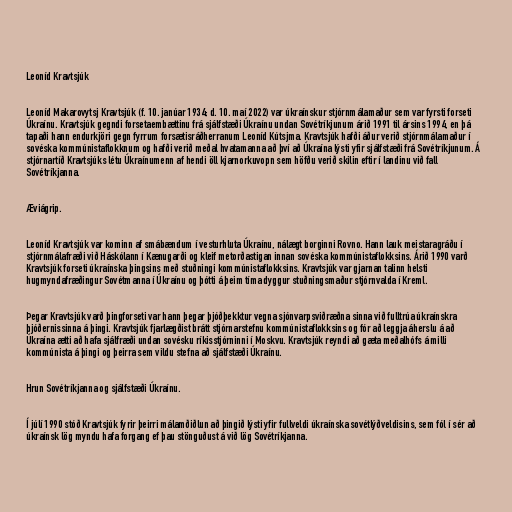
Leoníd Kravtsjúk

Leoníd Makarovytsj Kravtsjúk (f. 10. janúar 1934; d. 10. maí 2022) var úkraínskur stjórnmálamaður sem var fyrsti forseti
Úkraínu. Kravtsjúk gegndi forsetaembættinu frá sjálfstæði Úkraínu undan Sovétríkjunum árið 1991 til ársins 1994, en þá
tapaði hann endurkjöri gegn fyrrum forsætisráðherranum Leoníd Kútsjma. Kravtsjúk hafði áður verið stjórnmálamaður í
sovéska kommúnistaflokknum og hafði verið meðal hvatamanna að því að Úkraína lýsti yfir sjálfstæði frá Sovétríkjunum. Á
stjórnartíð Kravtsjúks létu Úkraínumenn af hendi öll kjarnorkuvopn sem höfðu verið skilin eftir í landinu við fall
Sovétríkjanna.

Æviágrip.

Leoníd Kravtsjúk var kominn af smábændum í vesturhluta Úkraínu, nálægt borginni Rovno. Hann lauk meistaragráðu í
stjórnmálafræði við Háskólann í Kænugarði og kleif metorðastigan innan sovéska kommúnistaflokksins. Árið 1990 varð
Kravtsjúk forseti úkraínska þingsins með stuðningi kommúnistaflokksins. Kravtsjúk var gjarnan talinn helsti
hugmyndafræðingur Sovétmanna í Úkraínu og þótti á þeim tíma dyggur stuðningsmaður stjórnvalda í Kreml.

Þegar Kravtsjúk varð þingforseti var hann þegar þjóðþekktur vegna sjónvarpsviðræðna sinna við fulltrúa úkraínskra
þjóðernissinna á þingi. Kravtsjúk fjarlægðist brátt stjórnarstefnu kommúnistaflokksins og fór að leggja áherslu á að
Úkraína ætti að hafa sjálfræði undan sovésku ríkisstjórninni í Moskvu. Kravtsjúk reyndi að gæta meðalhófs á milli
kommúnista á þingi og þeirra sem vildu stefna að sjálfstæði Úkraínu.

Hrun Sovétríkjanna og sjálfstæði Úkraínu.

Í júlí 1990 stóð Kravtsjúk fyrir þeirri málamðiðlun að þingið lýsti yfir fullveldi úkraínska sovétlýðveldisins, sem fól í sér að
úkraínsk lög myndu hafa forgang ef þau stönguðust á við lög Sovétríkjanna.